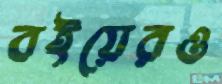
বইয়েরও